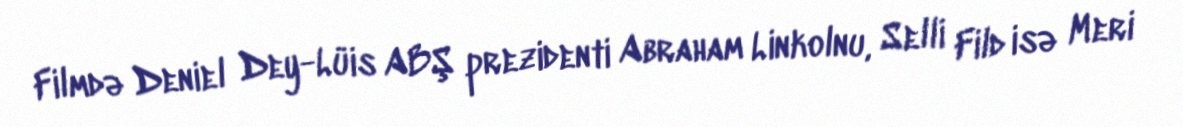
Filmdə Deniel Dey-Lüis ABŞ prezidenti Abraham Linkolnu, Selli Fild isə Meri